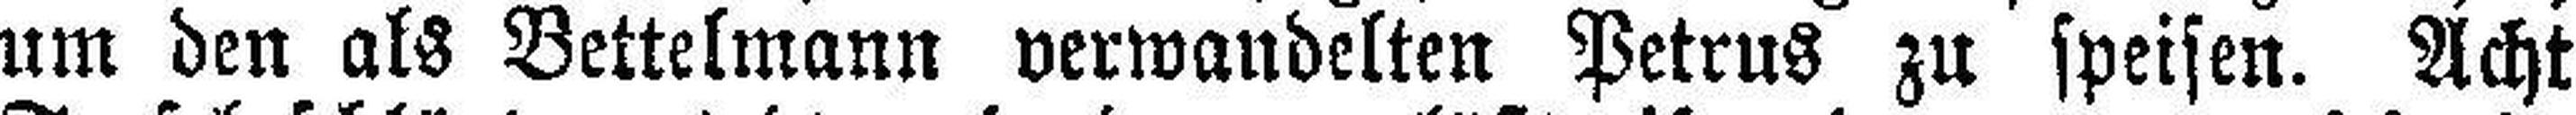
um den als Bettelmann verwandelten Petrus zu speisen. Acht